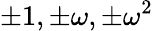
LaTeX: \pm 1,\pm\omega,\pm\omega^{2}